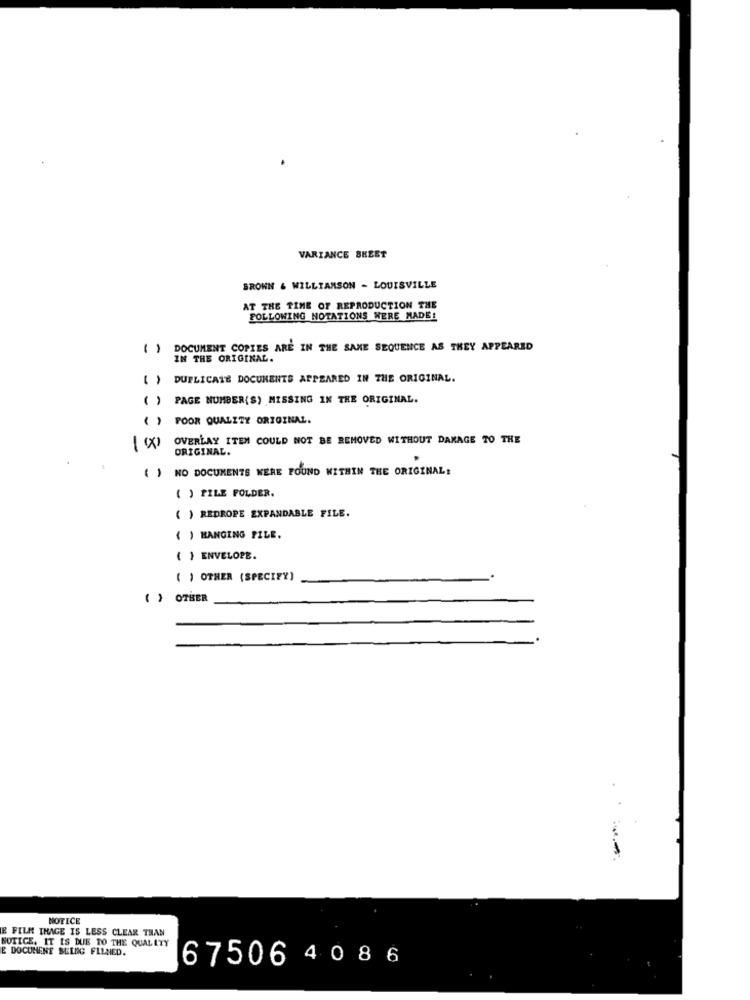
VARIANCE SHEET
BROWN & WILLIAMSON - LOUISVILLE
AT THE TIME OF REPRODUCTION THE
FOLLOWING NOTATIONS WERE MADE!
DOCUMENT COPIES ARE IN THE SAME SEQUENCE AS THEY APPEARED
IN THE ORIGINAL.
DUPLICATE DOCUMENTS APPEARED IN THE ORIGINAL.
()
PAGE NUMBER(S) MISSING IN THE ORIGINAL.
( ) POOR QUALITY ORIGINAL.
OVERLAY ITEM COULD NOT BE REMOVED WITHOUT DAMAGE TO THE
1 x
ORIGINAL.
( ) NO DOCUMENTS WERE FOUND WITHIN THE ORIGINAL:
( ) PILE FOLDER.
( ) REDROPE EXPANDABLE FILE.
{ ) HANGING FILE.
( ) ENVELOPE.
( ) OTHER (SPECIFY)
( ) OTHER
NOTICE
E FILM THAGE IS LESS CLEAR THAN
NOTICE. IT IS DUE TO THE QUALITY
E DOCUMENT SEENG FLLNED.
67506 40 86